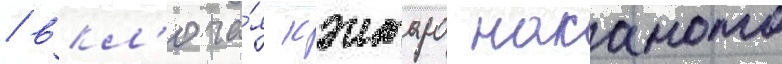
/ вкл'юча́я кэнтаро накамото